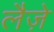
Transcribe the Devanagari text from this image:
लैज़े